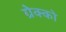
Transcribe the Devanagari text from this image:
ग्रेक्को